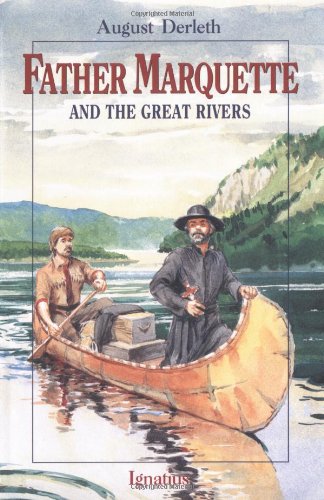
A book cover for Father Marquette and the Great Rivers (Vision Book); August Derleth; Literature & Fiction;